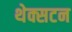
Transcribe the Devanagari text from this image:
थेक्सटन